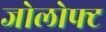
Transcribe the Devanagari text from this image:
जोलोफ्ट